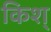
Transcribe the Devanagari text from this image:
किश्